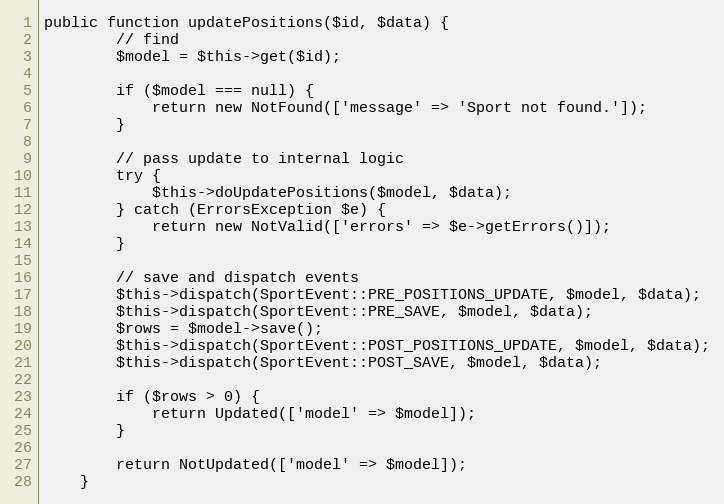
Language: PHP
public function updatePositions($id, $data) {
		// find
		$model = $this->get($id);

		if ($model === null) {
			return new NotFound(['message' => 'Sport not found.']);
		}

		// pass update to internal logic
		try {
			$this->doUpdatePositions($model, $data);
		} catch (ErrorsException $e) {
			return new NotValid(['errors' => $e->getErrors()]);
		}

		// save and dispatch events
		$this->dispatch(SportEvent::PRE_POSITIONS_UPDATE, $model, $data);
		$this->dispatch(SportEvent::PRE_SAVE, $model, $data);
		$rows = $model->save();
		$this->dispatch(SportEvent::POST_POSITIONS_UPDATE, $model, $data);
		$this->dispatch(SportEvent::POST_SAVE, $model, $data);

		if ($rows > 0) {
			return Updated(['model' => $model]);
		}

		return NotUpdated(['model' => $model]);
	}